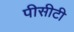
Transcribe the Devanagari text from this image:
पीसीटी